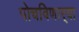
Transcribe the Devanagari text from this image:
पोचविणार्‍या